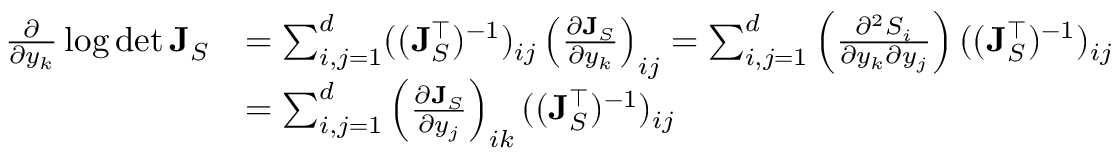
\begin{array} { r l } { \frac { \partial } { \partial y _ { k } } \log \operatorname* { d e t } \mathbf { J } _ { S } } & { = \sum _ { i , j = 1 } ^ { d } ( ( \mathbf { J } _ { S } ^ { \top } ) ^ { - 1 } ) _ { i j } \left( \frac { \partial \mathbf { J } _ { S } } { \partial y _ { k } } \right) _ { i j } = \sum _ { i , j = 1 } ^ { d } \left( \frac { \partial ^ { 2 } S _ { i } } { \partial y _ { k } \partial y _ { j } } \right) ( ( \mathbf { J } _ { S } ^ { \top } ) ^ { - 1 } ) _ { i j } } \\ & { = \sum _ { i , j = 1 } ^ { d } \left( \frac { \partial \mathbf { J } _ { S } } { \partial y _ { j } } \right) _ { i k } ( ( \mathbf { J } _ { S } ^ { \top } ) ^ { - 1 } ) _ { i j } } \end{array}